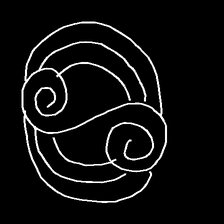
Glyph: wind-underfoot